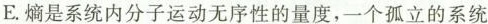
E.熵是系统内分子运动无序性的量度，一个孤立的系统